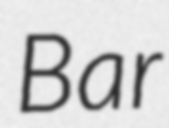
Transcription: Bar